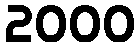
2000